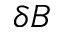
\delta B